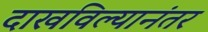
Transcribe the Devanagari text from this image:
दाखविल्यानंतर